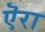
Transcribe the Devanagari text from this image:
ऎरा